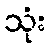
သုံး